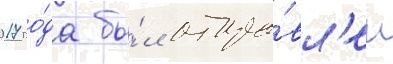
2017 го́да бы́л отпра́вл'ен